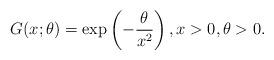
LaTeX: \begin{align*}G(x;\theta) = \exp\left(-\frac{\theta}{x^2}\right), x> 0,\theta>0 .\end{align*}